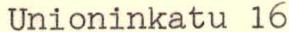
Unioninkatu 16